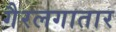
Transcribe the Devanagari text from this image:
गैरलगातार